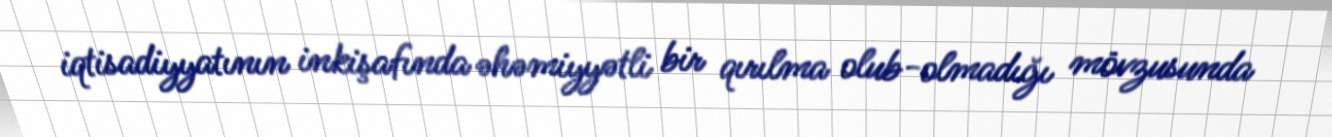
iqtisadiyyatının inkişafında əhəmiyyətli bir qırılma olub-olmadığı mövzusunda